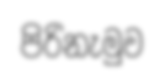
පිරිනැමුව